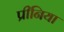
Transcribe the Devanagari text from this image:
प्रीनिया